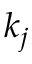
k _ { j }